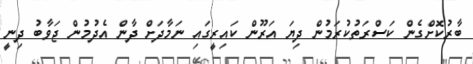
ބާރުކޮށްގެން ކަސްރަތުކުރަމުން ދިޔަ އަރޫން ކައިރީގައި ނަމާދަށް ދާން އެދުމުން ޖަވާބު ދިނީ